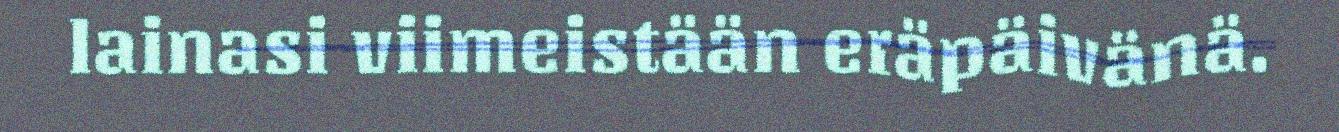
lainasi viimeistään eräpäivänä.